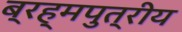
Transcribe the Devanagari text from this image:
ब्रह्मपुत्रीय